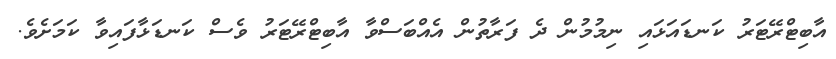
އާބިޓްރޭޓަރު ކަނޑައަޅައި ނިމުމުން ދެ ފަރާތުން އެއްބަސްވާ އާބިޓްރޭޓަރު ވެސް ކަނޑަޅާފައިވާ ކަމަށެވެ.